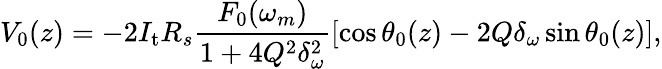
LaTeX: V_{0}(z)=-2I_{\mathrm{t}}R_{s}\frac{F_{0}(\omega_{m})}{1+4Q^{2}\delta_{\omega}^{2}}\left[\cos\theta_{0}(z)-2Q\delta_{\omega}\sin\theta_{0}(z)\right],